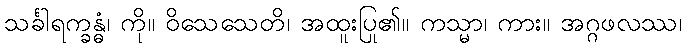
သင်္ခါရက္ခန္ဓံ၊ ကို။ ဝိသေသေတိ၊ အထူးပြု၏။ ကသ္မာ၊ ကား။ အဂ္ဂဖလဿ၊